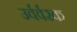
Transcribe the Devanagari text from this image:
उर्वर्वरक